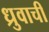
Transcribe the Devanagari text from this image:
ध्रुवाची